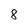
Character: 8